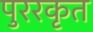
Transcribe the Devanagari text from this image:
पुररकृत